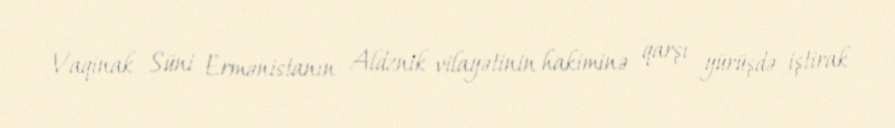
Vaqinak Süni Ermənistanın Aldznik vilayətinin hakiminə qarşı yürüşdə iştirak